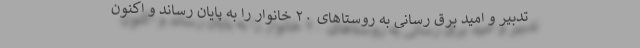
تدبیر و امید برق رسانی به روستاهای ۲۰ خانوار را به پایان رساند و اکنون